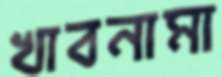
খাবনামা